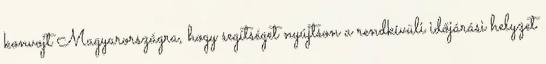
konvojt Magyarországra, hogy segítséget nyújtson a rendkívüli időjárási helyzet